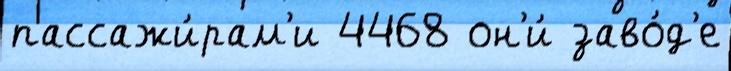
пассажи́рам'и 4468 он'и́ заво́д'е